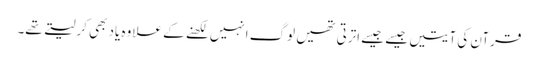
قرآن کی آیتیں جیسے جیسے اترتی تھیں لوگ انہیں لکھنے کے علاوہ یاد بھی کرلیتے تھے۔